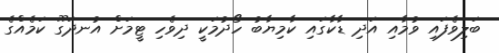
ބަލިވެފައި ވުމާއި އަދި ޑާކާގައި ކާމިޔާބު ހޯދުމަކީ ދިވެހި ޓީމަށް އުނދަގޫ ކަމެއްގެ